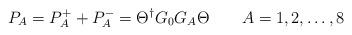
LaTeX: \begin{align*}P_A = P_A^+ + P_A^- = \Theta^\dagger G_0 G_A \Theta \qquad A=1,2,\dots,8 \end{align*}